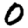
Digit: 0